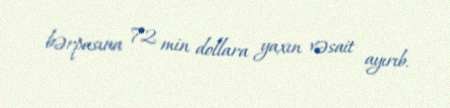
bərpasına 72 min dollara yaxın vəsait ayırıb.